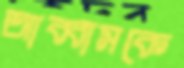
আব্বাসকে